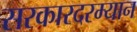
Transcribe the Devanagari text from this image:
सरकारदरम्यान